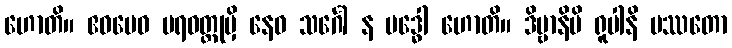
ဟောတိ။ ဧဝမေဝ ပရဝတ္ထုမှိ နေဝ သင်္ဂေါ န ဗဒ္ဓေါ ဟောတိ။ ဒိဗ္ဗာနိပိ ရူပါနိ ပဿတော